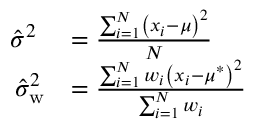
{ \begin{array} { r l } { { \hat { \sigma } } ^ { 2 } \ } & { = { \frac { \sum _ { i = 1 } ^ { N } \left( x _ { i } - \mu \right) ^ { 2 } } { N } } } \\ { { \hat { \sigma } } _ { \mathrm { w } } ^ { 2 } } & { = { \frac { \sum _ { i = 1 } ^ { N } w _ { i } \left( x _ { i } - \mu ^ { * } \right) ^ { 2 } } { \sum _ { i = 1 } ^ { N } w _ { i } } } } \end{array} }